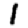
Digit: 1